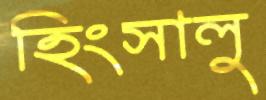
হিংসালু